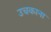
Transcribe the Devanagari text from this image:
उचकाना